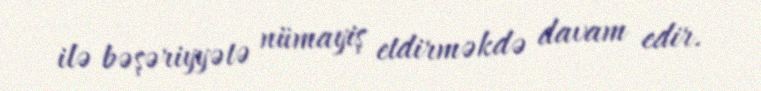
ilə bəşəriyyətə nümayiş etdirməkdə davam edir.